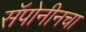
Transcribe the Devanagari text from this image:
सॅपोनीनचा